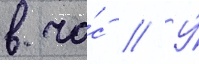
в ча́с // У́